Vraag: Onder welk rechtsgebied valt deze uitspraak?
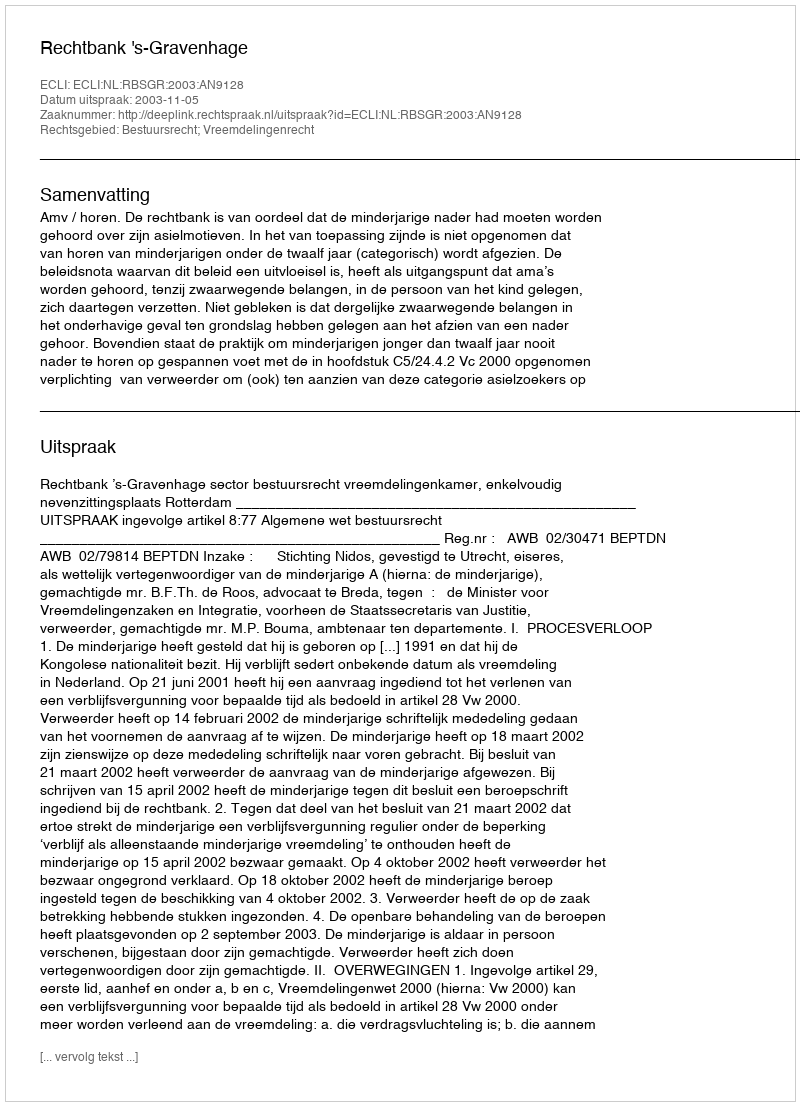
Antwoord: Bestuursrecht; Vreemdelingenrecht